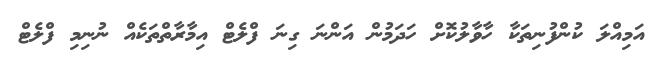
އަމިއްލަ ކުންފުނިތަކާ ހާވާލުކޮށް ހަދަމުން އަންނަ ގިނަ ފްލެޓް އިމާރާތްތަކެއް ނުނިމި ފްލެޓް